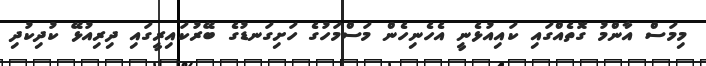
މިމަސް އާންމު ގޮތެއްގައި ކައިއުޅެނީ އެހެނިހެން މަސްމަހުގެ ހަށިގަނޑުގެ ބޭރުކައިރީގައި ދިރިއުޅޭ ކުދިކުދި